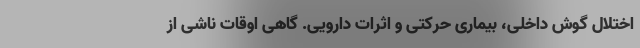
اختلال گوش داخلی، بیماری حرکتی و اثرات دارویی. گاهی اوقات ناشی از